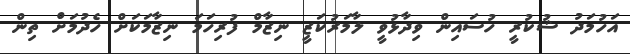
އަހުމަދު ޝުކުރީ ހުސައިން ވިދާޅުވީ ލާމަރުކަޒީ ނިޒާމް ފުރިހަމަ ނިޒާމަކަށް ހެދުމަށް ތިން